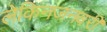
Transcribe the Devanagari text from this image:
लेकिनजनवरी